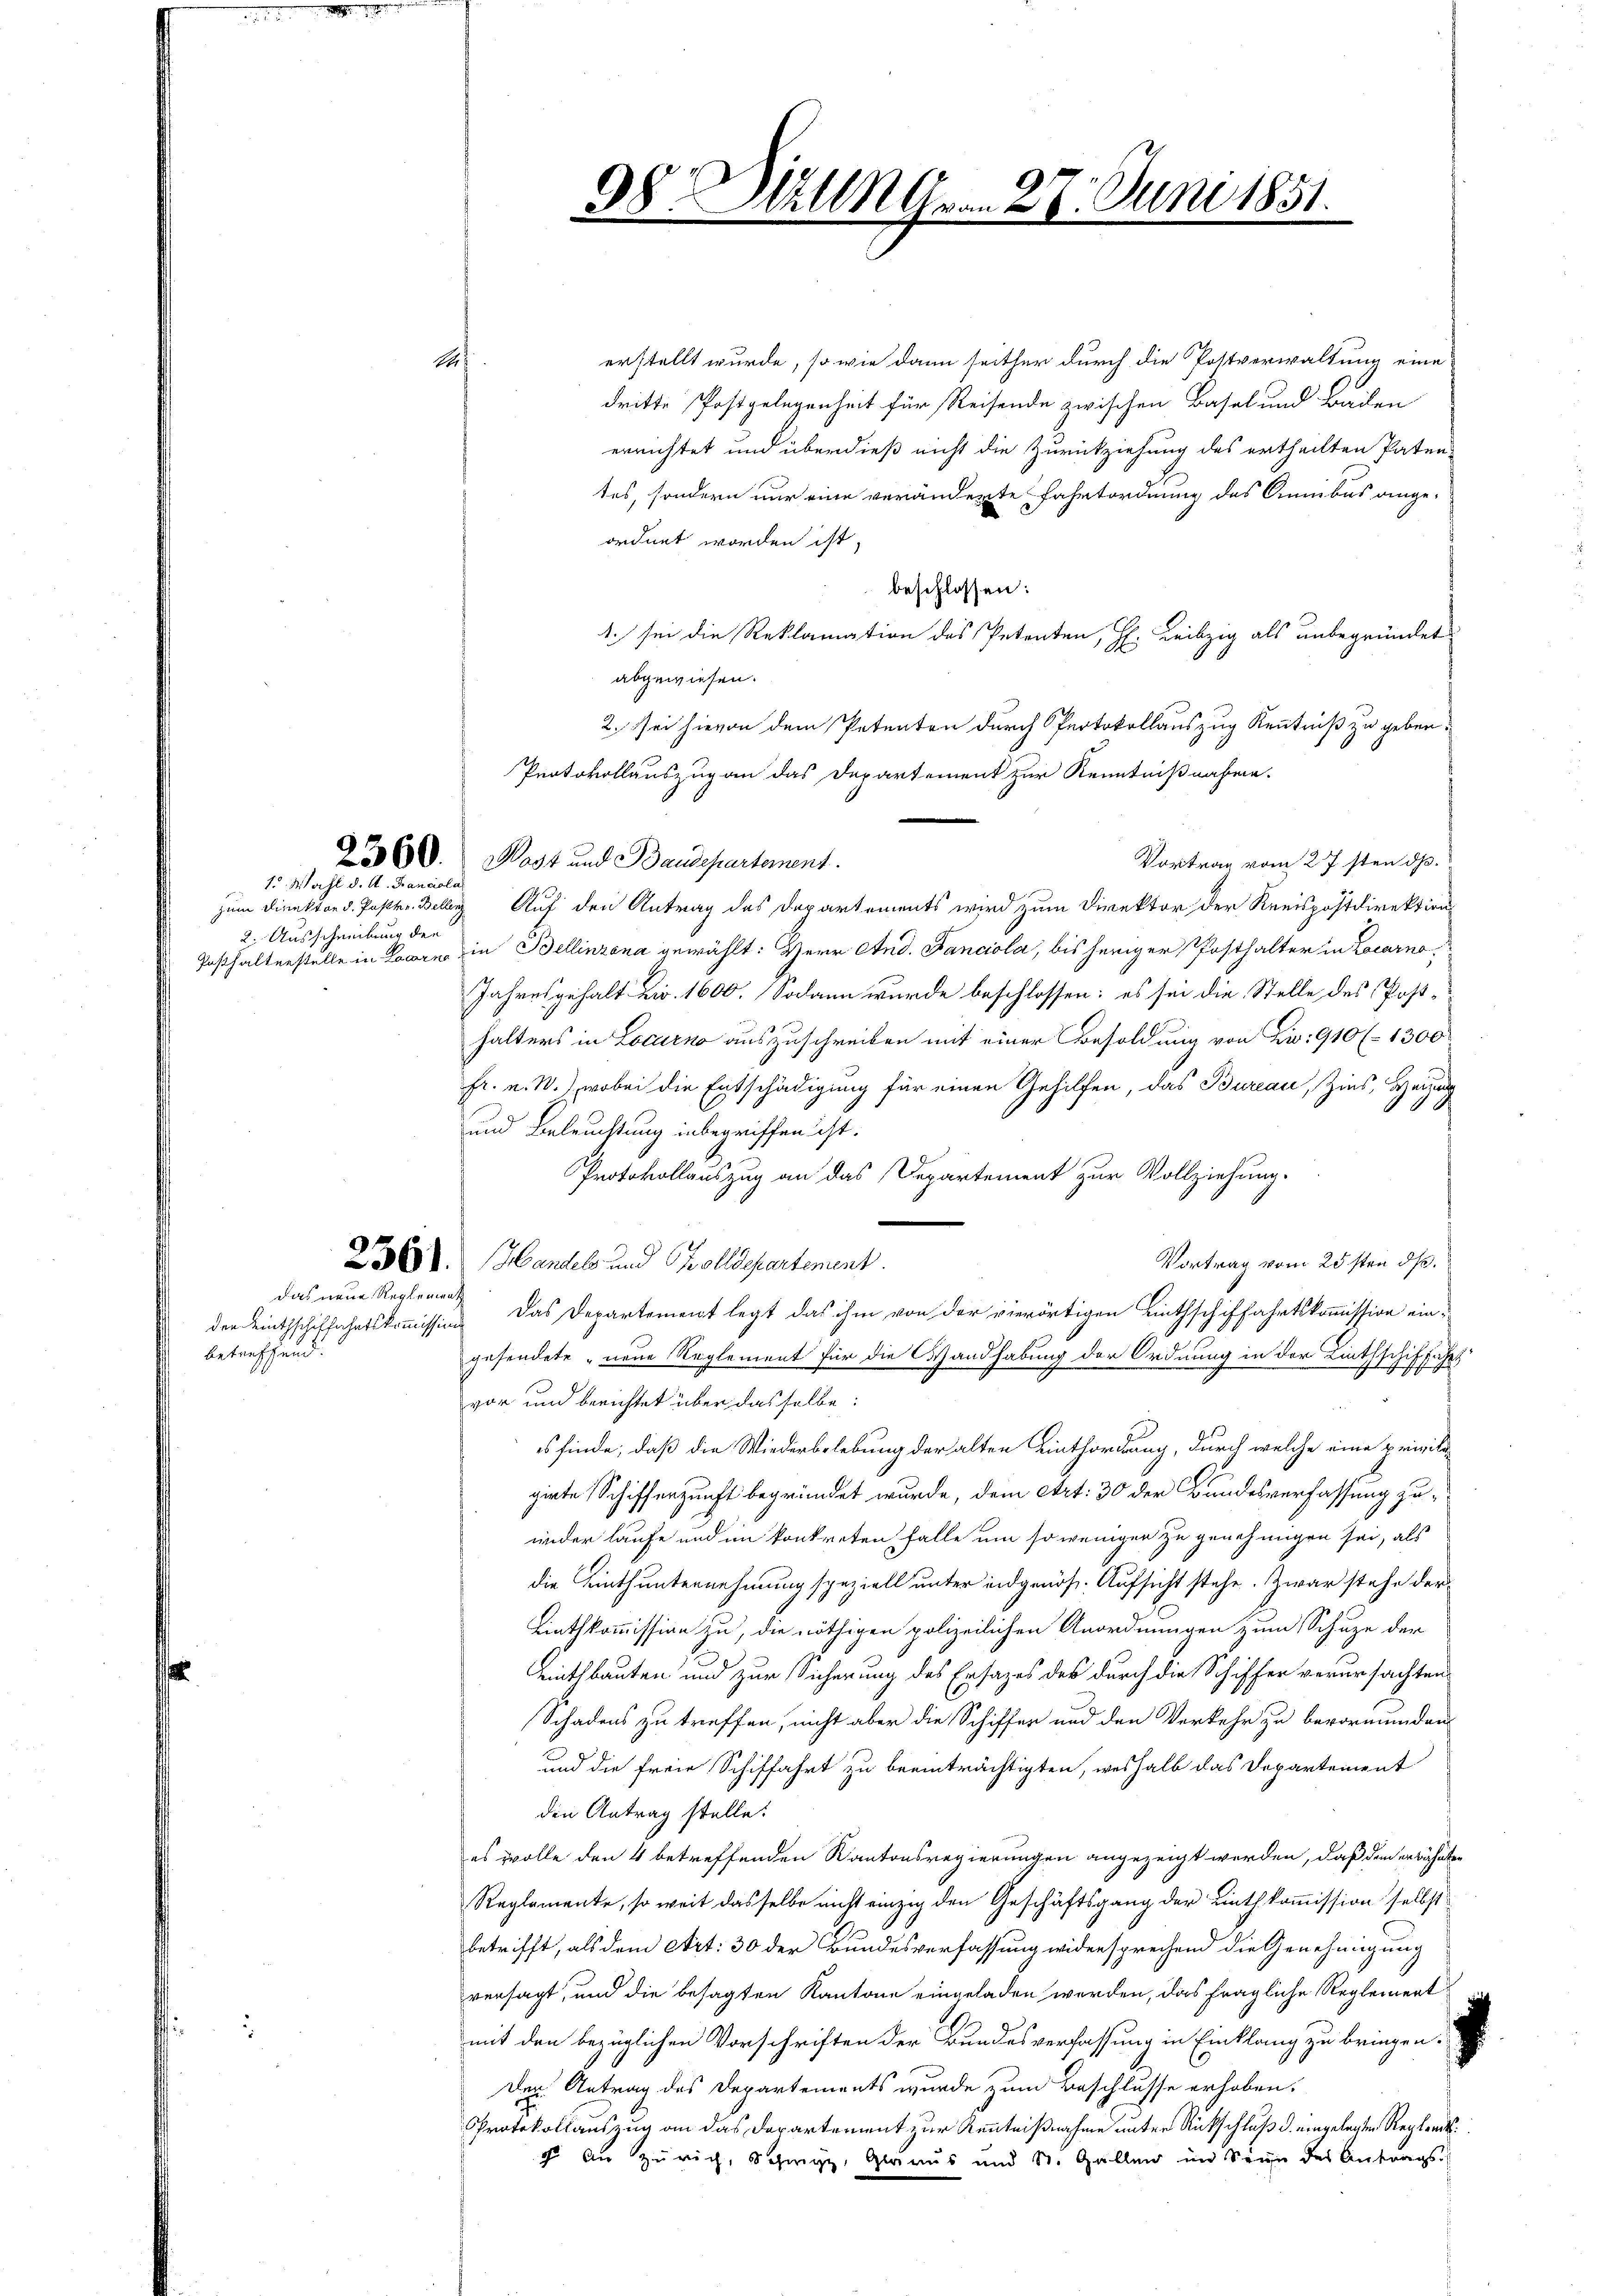
s. Wahl der Familie
2. Ausschreibung den

das neue Reglement

der Linthschiffahrtskommission
betreffend.

erstellt wurde, so wie dann seither durch die Postverwaltung eine
1
dritte Postgelegenheit für Reisende zwischen Basel und Baden
errichtet und überdieß nicht die Zurückziehung des ertheilten Paten
tes, sondern nur eine veränderte Fahrtordnung des Omnibus ange-
ordnet worden ist,
beschlossen:
1. sei die Reklamation des Petenten, H. Leibzig als unbegründet
abgewiesen.
2. Sei hievon dem Petenten durch Protokollauszug Kenntniß zu geben.
Protokollauszug an das Departement zur Kenntnißnahme.
2360. Wost und Baudepartement.
Vortrag vom 27sten dh.
zum Direktor d. Posten. Bellenz Auf den Antrag des Departements wird zum Direktor der Kreispostdirektion
Posthalterstelle in Loore in Bellinzona gewählt: Herr And. Fanciola, bis heriger Posthalter in Locarno,
Jahresgehalt zw. 1600. Sodann wurde beschlossen: es sei die Stelle des Posthalters in Locarno auszuschreiben mit einer Besoldung von Zi: 910 (1300
Fr. a. W.), wobei die Entschädigung für einen Gehilfen, das Bureau, Zins, Hei
.
und Beleuchtung inbegriffen ist.
Protokollauszug an das Departement zur Vollziehung.
Vortrag vom 25sten dß.
236. Handels und Zolldepartement
Das Departement legt das ihm von der vierörtigen Linthschiffahrtskommission eingesendete neue Reglement für die Handhabung der Ordnung in der Linthschiffuhrs
vor und berichtet über dasselbe:
es finde, daß die Wiederbelebung der alten Einthordung, durch welche eine priviligirte Schifferzunft begründet wurde, dem Art: 30 der Bundesverfassung zuinder laufe und im konkreten falle um so wenigen zu genehmigen sei, als
die Linthunternehmung speziell unter eidgenös-Aufsicht stehe. Zwar stehe der
Linthkommission zu, die nöthigen polizeilichen Anordnungen zum Schuze der
minthbauten und zur Sicherung des Ersages des durch die Schiffer verursachten
Schadens zu treffen, nicht aber die Schiffer und den Verkehr zu bevormunden
und die freie Schiffahrt zu beeinträchtigten, weshalb das Departement
den Antrag stelle:
es wolle den 4 betreffenden Kantonsregierungen angezeigt werden, daß den erwähnten
Reglemente, so weit dasselbe nicht einzig den Geschäftsgang der Linthkommission selbst
betrifft, als dem Art: 30 der Bundesverfassung widersprechend die Genehmigung
versagt, und die besagten Kantone eingeladen werden, das fragliche Reglement
mit den bezüglichen Vorschriften der Bundesverfassung in Einklang zu bringen.
Den Antrag des Departements wurde zum Beschlusse erhoben.
Protokollauszug an das Departement zur Kenntnißnahme unter Rückschluß d. eingelegten Reglends¬
 An Zürich, Schwyz, Glarus und St. Gallen im Seine des Antrags

98 Mlle Gran 27. Juni 1851.